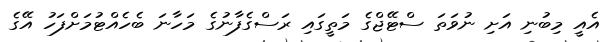
އެއީ މިބުނި އަށި ނުވަތަ ސްޓޭޖްގެ މަތީގައި ރަސްގެފާނުގެ މަހާނަ ބެހެއްޓުމަށްފަހު އޭގެ